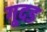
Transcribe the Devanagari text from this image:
गूदड